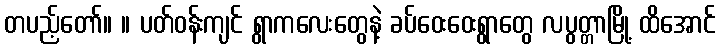
တပည့်တော်။ ။ ပတ်ဝန်းကျင် ရွာကလေးတွေနဲ့ ခပ်ဝေးဝေးရွာတွေ လပွတ္တာမြို့ ထိအောင်